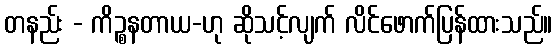
တနည်း - ကိဉ္စနတာယ-ဟု ဆိုသင့်လျက် လိင်ဖောက်ပြန်ထားသည်။